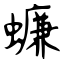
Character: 蠊